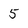
Character: 5